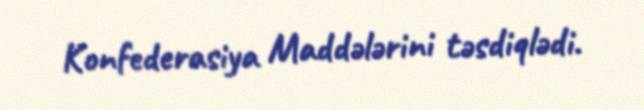
Konfederasiya Maddələrini təsdiqlədi.